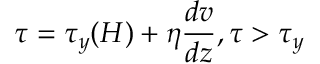
\tau = \tau _ { y } ( H ) + \eta { \frac { d v } { d z } } , \tau > \tau _ { y }